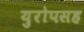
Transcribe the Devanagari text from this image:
युरोपसह